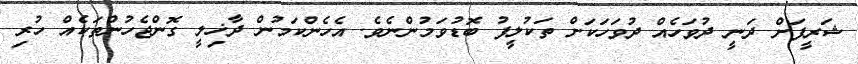
ޝަރީފަށް ދަނީ ދުވަހެއް ދުވަހަކަށް ތަކުލީފު ބޮޑުވަމުންނެވެ. އެހެންކަމުން ދާޚިލީ ގޮންޖެހުންތަކެއް ހުރި